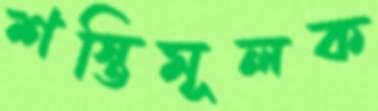
শস্তিমূলক